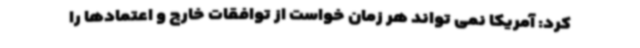
کرد: آمریکا نمی تواند هر زمان خواست از توافقات خارج و اعتمادها را